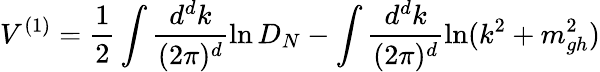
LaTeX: V^{(1)}=\frac 12\int\frac{d^{d}k}{(2\pi)^{d}}\ln D_{N}-\int\frac{d^{d}k}{(2\pi)^{d}}\ln(k^{2}+m_{gh}^{2})